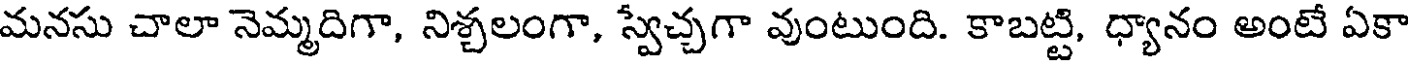
మనసు చాలా నెమ్మదిగా, నిశ్చలంగా, స్వేచ్చగా వుంటుంది. కాబట్టి, ధ్యానం అంటే ఏకా